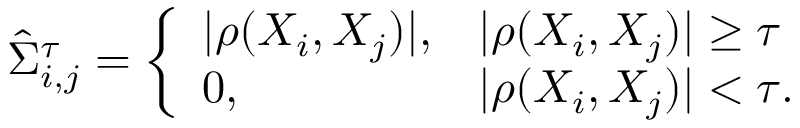
\hat { \Sigma } _ { i , j } ^ { \tau } = \left\{ \begin{array} { l l } { | \rho ( X _ { i } , X _ { j } ) | , } & { | \rho ( X _ { i } , X _ { j } ) | \geq \tau } \\ { 0 , } & { | \rho ( X _ { i } , X _ { j } ) | < \tau . } \end{array} \right.